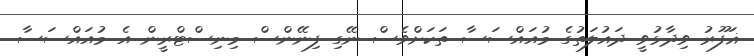
ޣަފޫރު ވިދާޅުވީ ދައުލަތުގެ މުއައްސަސާ ތަކަށްވެސް ނޭގި ފިނޭންސް މިނިސްޓްރީން އެ މުއައްސަސާ